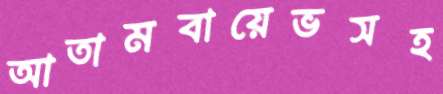
আতামবায়েভসহ